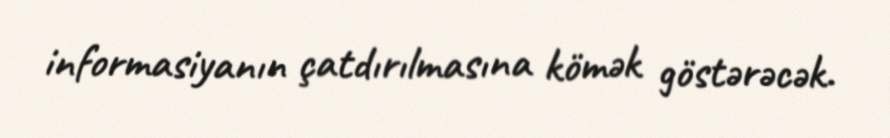
informasiyanın çatdırılmasına kömək göstərəcək.